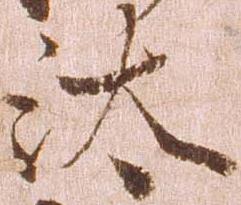
汰